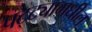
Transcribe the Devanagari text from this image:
पट्ट्यामधील